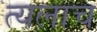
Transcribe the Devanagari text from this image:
त्यलाच